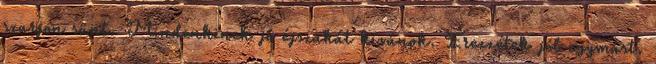
szarjon sünt. Mindenkinek jó éjszakát kívánok. Érezzétek jól egymást.